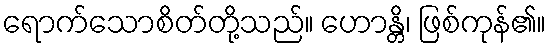
ရောက်သောစိတ်တို့သည်။ ဟောန္တိ၊ ဖြစ်ကုန်၏။